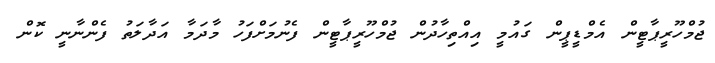
ޖުމްހޫރީޕާޓީން އެމްޑީޕީން ގައުމީ އިއްތިހާދުން ޖުމްހޫރީޕާޓީން ފެނުމަށްފަހު މާދަމާ އަދާލަތު ފެންނާނީ ކޮން